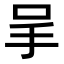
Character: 𠰅